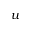
u